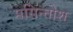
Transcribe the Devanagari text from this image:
मसिन्तोश